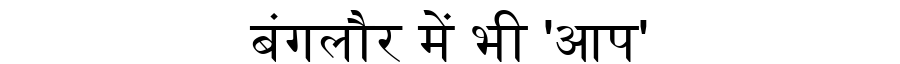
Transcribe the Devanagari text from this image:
बंगलौर में भी 'आप'